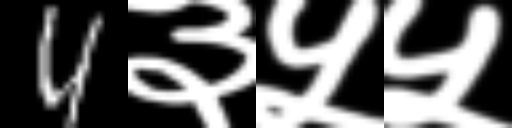
Text: 4३५५